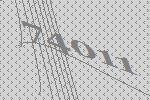
74011